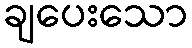
ချပေးသော